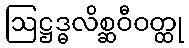
ဩဋ္ဌဒ္ဓလိစ္ဆဝီဝတ္ထု